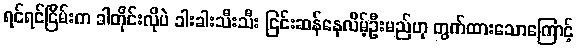
ရင်ရင်ငြိမ်းက ခါတိုင်းလိုပဲ ခါးခါးသီးသီး ငြင်းဆန်နေလိမ့်ဦးမည်ဟု တွက်ထားသောကြောင့်